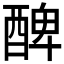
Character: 𨡕